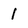
Character: l